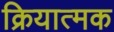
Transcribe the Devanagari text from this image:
क्रियात्‍मक